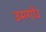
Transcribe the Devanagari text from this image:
उमगाँउ